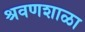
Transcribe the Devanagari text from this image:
श्रवणशाळा